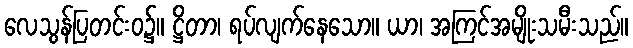
လေသွန်ပြတင်းဝ၌။ ဋ္ဌိတာ၊ ရပ်လျက်နေသော။ ယာ၊ အကြင်အမျိုးသမီးသည်။